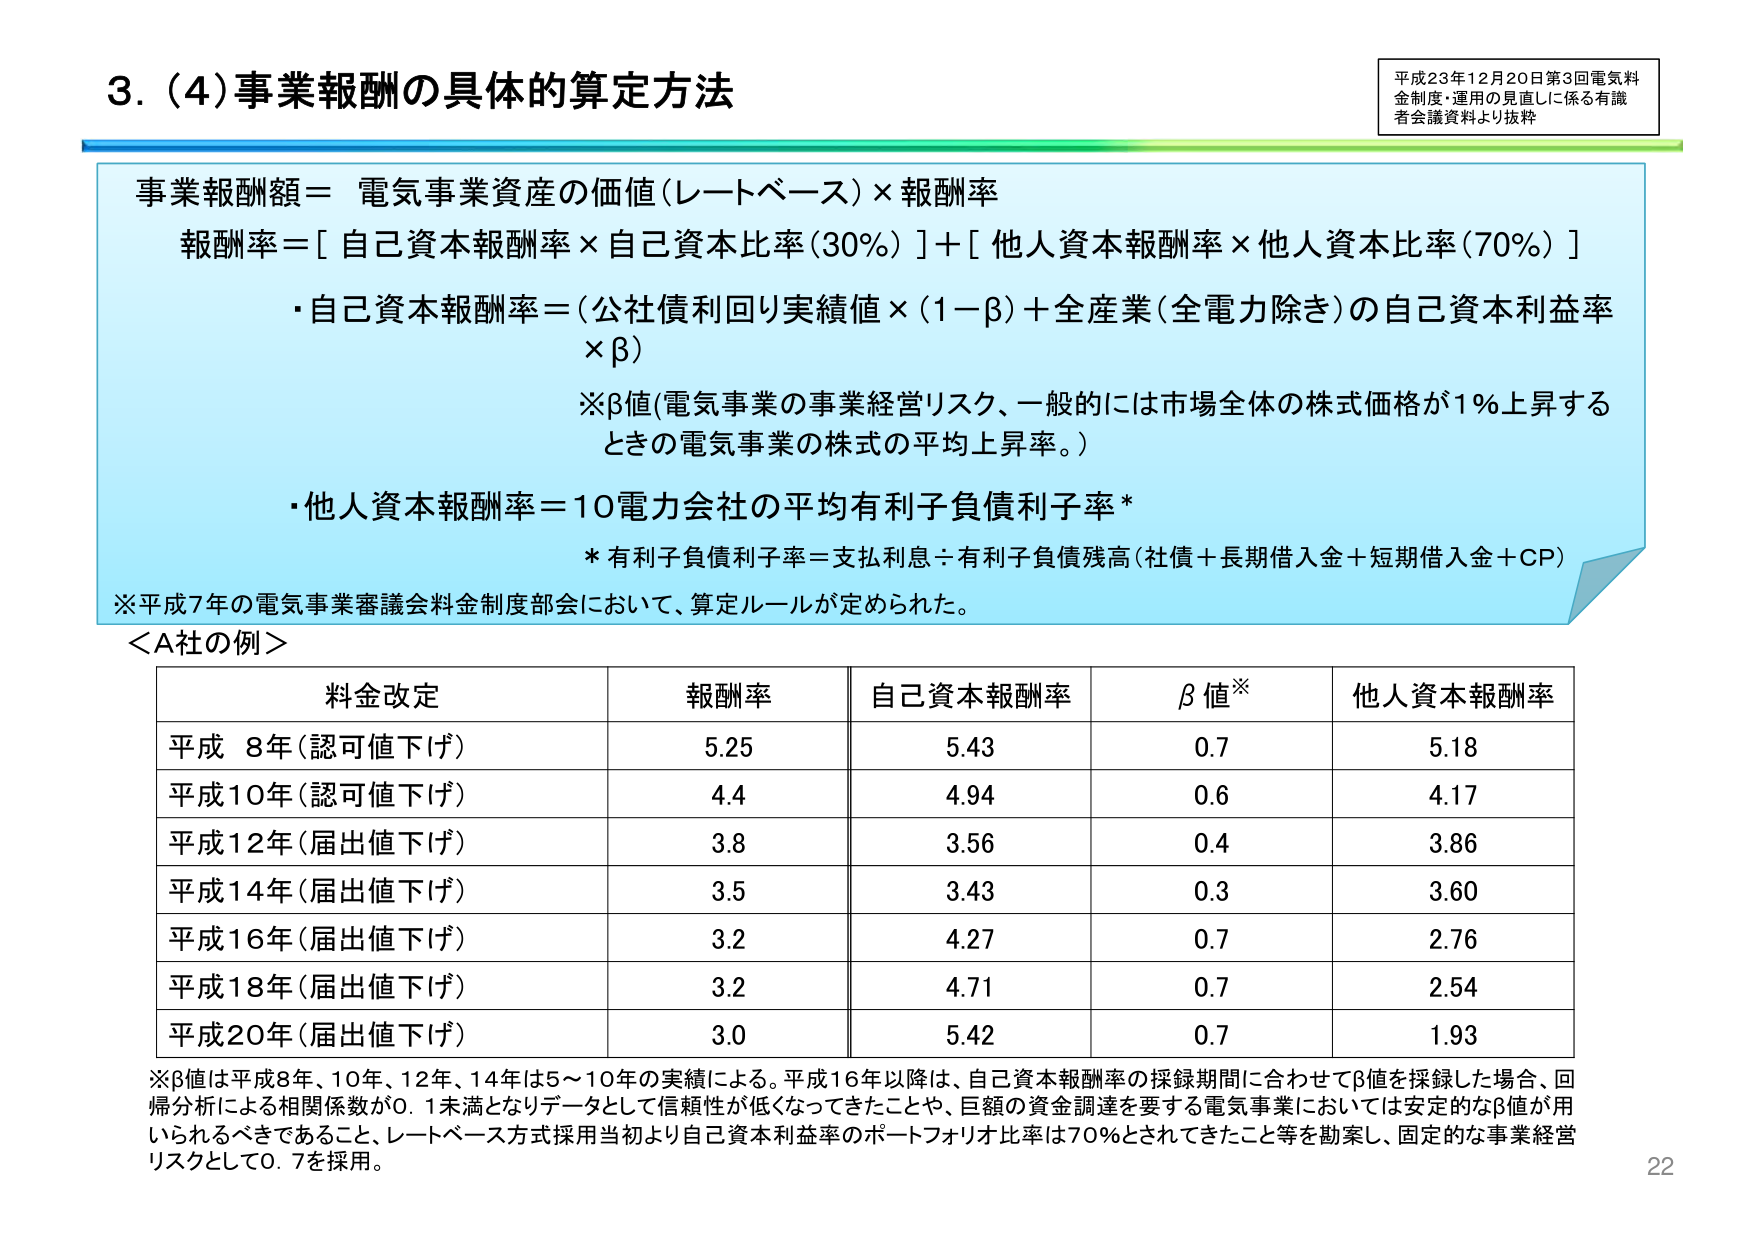
3. (4)事業報酬の具体的算定方法

平成23年12月20日第3回電気料金制度・運用の見直しに係る有識者会議資料より抜粋

事業報酬額＝ 電気事業資産の価値（レートベース）×報酬率
報酬率＝[ 自己資本報酬率×自己資本比率(30%) ]＋[ 他人資本報酬率×他人資本比率(70%) ]
・自己資本報酬率＝(公社債利回り実績値×(1－β)＋全産業(全電力除き)の自己資本利益率×β)
※β値(電気事業の事業経営リスク、一般的には市場全体の株式価格が1％上昇するときの電気事業の株式の平均上昇率。)
・他人資本報酬率＝10電力会社の平均有利子負債利子率*
* 有利子負債利子率＝支払利息÷有利子負債残高(社債＋長期借入金＋短期借入金＋CP)
※平成7年の電気事業審議会料金制度部会において、算定ルールが定められた。

＜A社の例＞

| 料金改定 | 報酬率 | 自己資本報酬率 | β値※ | 他人資本報酬率 |
|----------|--------|----------------|--------|----------------|
| 平成 8年(認可値下げ) | 5.25 | 5.43 | 0.7 | 5.18 |
| 平成10年(認可値下げ) | 4.4 | 4.94 | 0.6 | 4.17 |
| 平成12年(届出値下げ) | 3.8 | 3.56 | 0.4 | 3.86 |
| 平成14年(届出値下げ) | 3.5 | 3.43 | 0.3 | 3.60 |
| 平成16年(届出値下げ) | 3.2 | 4.27 | 0.7 | 2.76 |
| 平成18年(届出値下げ) | 3.2 | 4.71 | 0.7 | 2.54 |
| 平成20年(届出値下げ) | 3.0 | 5.42 | 0.7 | 1.93 |

※β値は平成8年、10年、12年、14年は5～10年の実績による。平成16年以降は、自己資本報酬率の採録期間に合わせてβ値を採録した場合、回帰分析による相関係数が0.1未満となりデータとして信頼性が低くなってきたことや、巨額の資金調達を要する電気事業においては安定的なβ値が用いられるべきであること、レートベース方式採用当初より自己資本利益率のポートフォリオ比率は70％とされてきたこと等を勘案し、固定的な事業経営リスクとして0.7を採用。

22